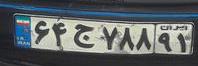
۶۴ج۷۸۸۹۱